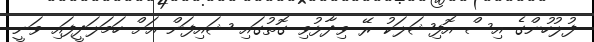
ފުލުހުންގެ އިސް އޮފިޝަލަކު ރޭ ވިދާޅުވި ގޮތުގައި ޝައިފަން އަށް ހަމަލަދީފައި ވަނީ